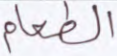
الطعام